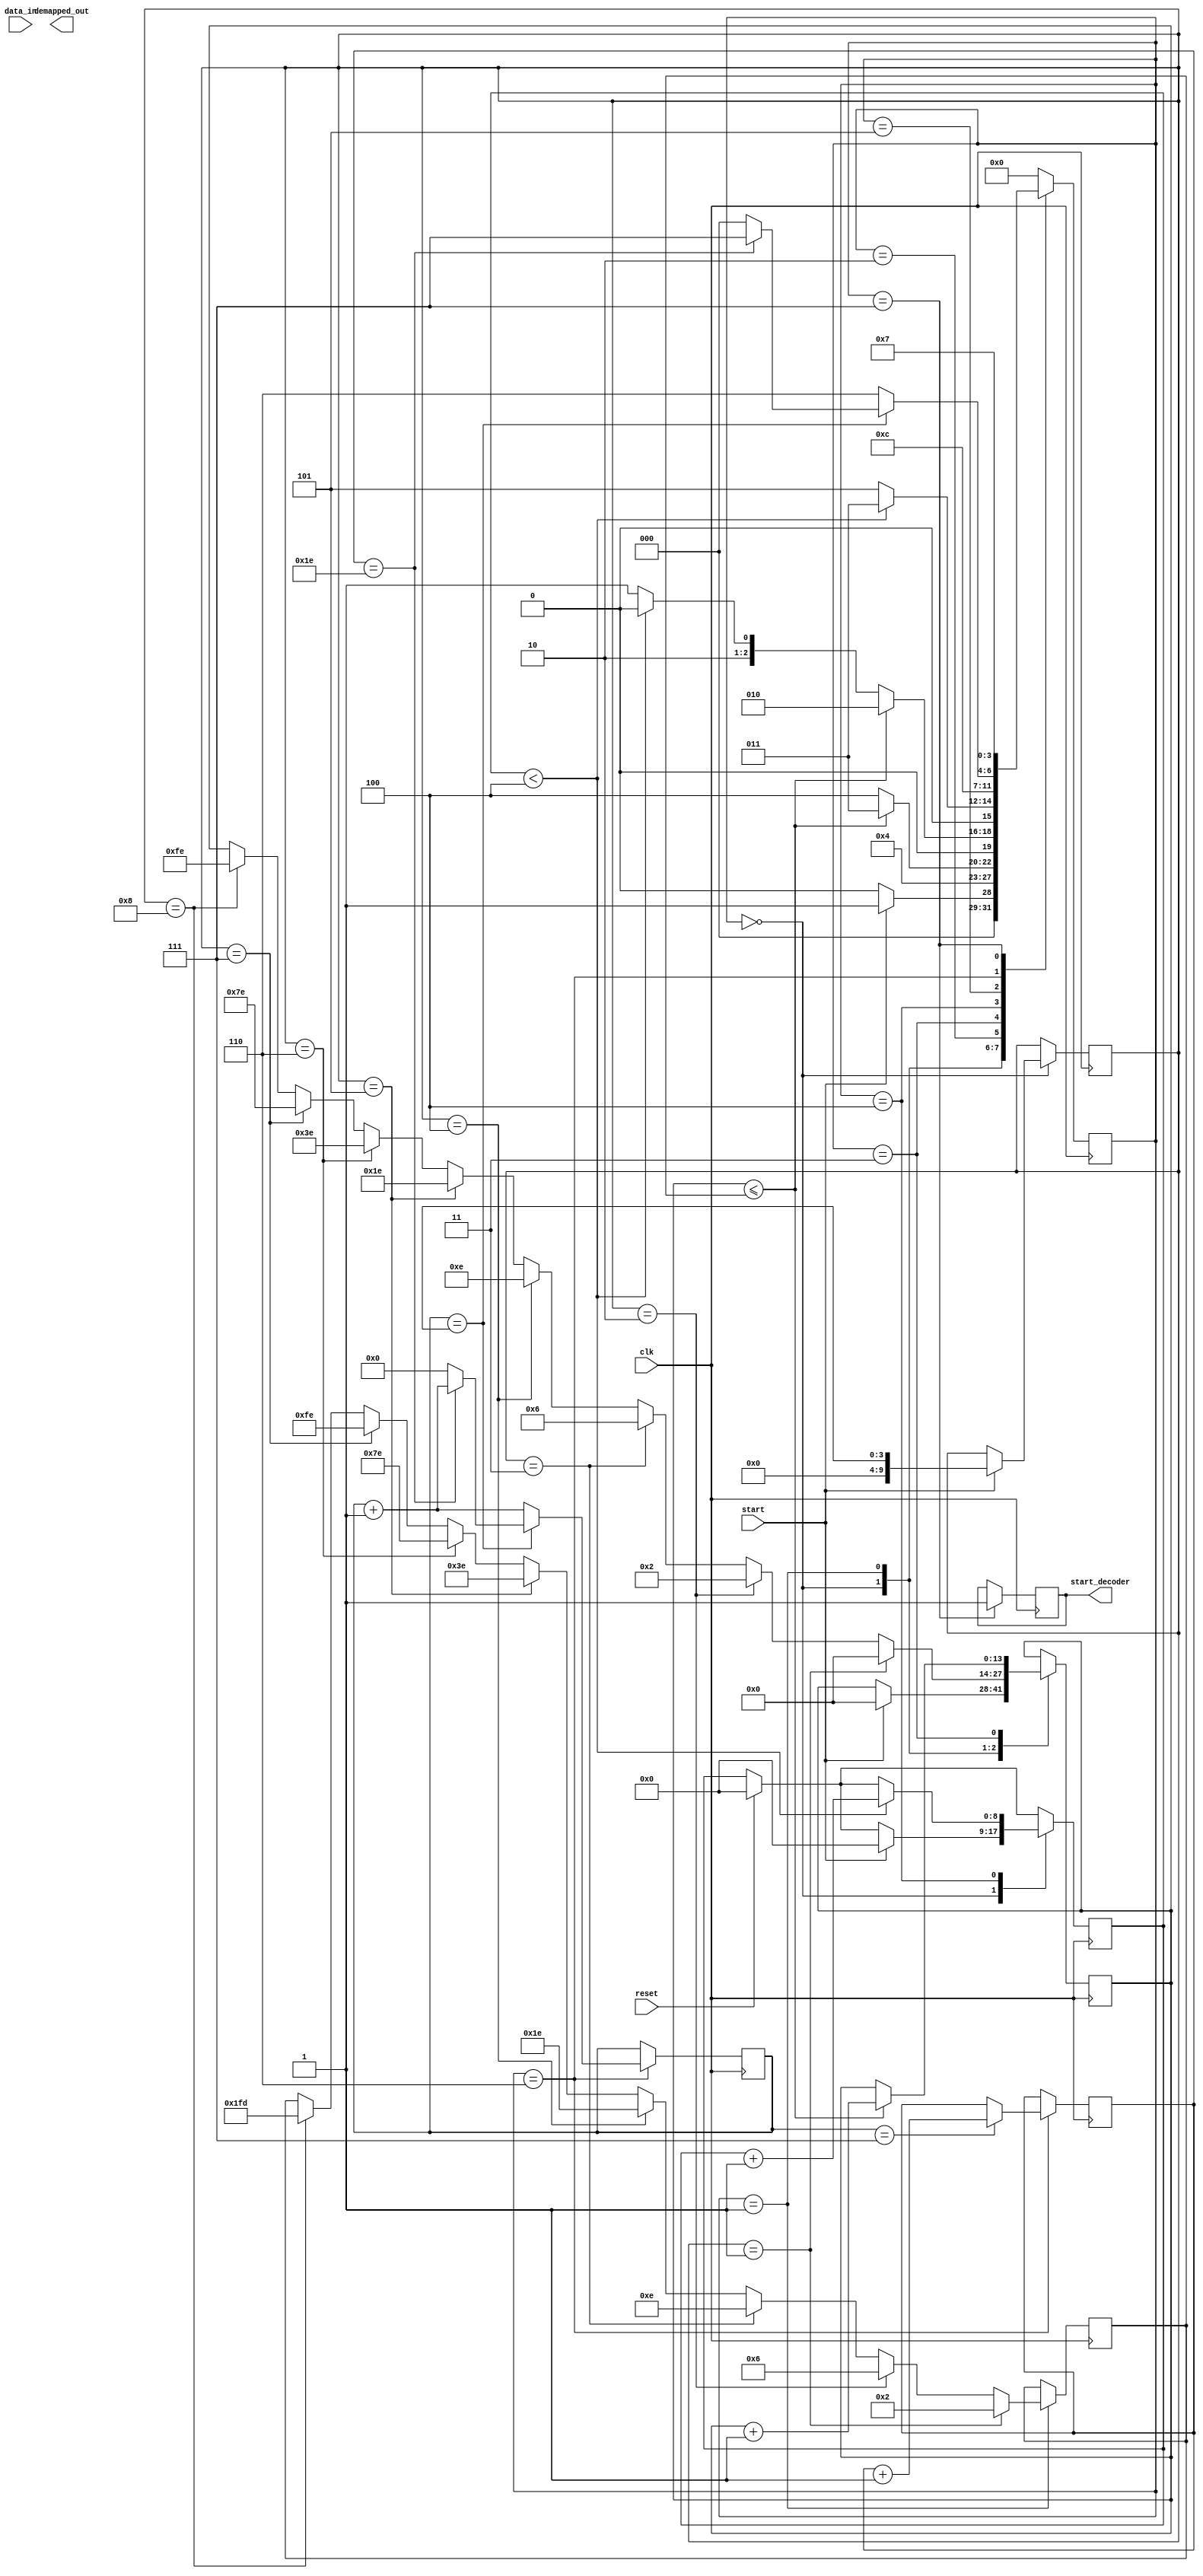

module demapper
(
	//input wire signed [15:0] Yi,Yq,
	input wire signed [31:0] data_in,
	//input [8:0] mod_type,
	input  wire clk,
	input  wire reset,
	input  wire start,
	output reg start_decoder,
	output reg [7:0] demapped_out
 );
        reg [15:0] Yi,Yq;
		reg [3:0] mod_type;
		reg [7:0] output_bits; //demapper_output_bits
      wire [5:0] addr_F; 
      reg[31:0] Yi_Yq;
      
assign data_in=Yi_Yq;
//assign Yi=Yi_Yq[31:16];
//assign Yq=Yi_Yq[15:0];

/*Viterbi_Decoder decoder_instants(
.clk(clk),
.reset(reset),
.start_decoder(start_decoder),
.demapped_out(demapped_out),
.addr_F(addr_F)
);
*/
localparam [2:0] Idle_demapper=3'b000 , Fetch_data=3'b001 , Process0=3'b010,
					  Process1=3'b011, Clearing_tail=3'b100, Demapping=3'b101,
					  Storing=3'b110,Done_demapping=3'b111;
 



//	REGISTERS AND WIRES USED IN DEMAPPER

	//State
		reg [3:0]state;
	//Modulation registers
		reg [9:0]mod_type_reg,mod_type_reg1,mod_type_reg2;
	//Wires for taking output from ram/rom
		wire [15:0] Xi,Xq;
		wire [7:0]binary_mapping;
		wire [15:0]I,Q;
	//	wire [7:0]demapped_out;

	//Counters
		reg [8:0] counter=0,BM_counter=0,M_counter=0;
	//For Calculation 
		reg signed [15:0] Yi_reg,Yq_reg,Xi_reg,Xq_reg;
		reg signed [7:0] binary_mapping_reg,binary_mapping_reg1,binary_mapping_reg2,binary_mapping_reg3 ;
		reg signed [31:0] Sqr_i,Sqr_q;
		reg signed [32:0] new_value=0;
		reg signed [16:0] Sub_Yi_Xi,Sub_Yq_Xq;
		reg signed [33:0] diff_new_old_0,diff_new_old_1,diff_new_old_2,diff_new_old_3,diff_new_old_4,diff_new_old_5,diff_new_old_6,diff_new_old_7;
		reg signed [32:0] reg_1_0, reg_0_0,reg_1_1, reg_0_1,reg_1_2, reg_0_2,reg_1_3, reg_0_3,reg_1_4, reg_0_4,reg_1_5, reg_0_5,reg_1_6, reg_0_6,reg_1_7, reg_0_7;
		reg signed [33:0] LLR_0,LLR_1,LLR_2,LLR_3,LLR_4,LLR_5,LLR_6,LLR_7;
	//Addresses
		reg [13:0]address;
		reg [4:0] mod_counter=0;
		reg [5:0] address_E=0; //address for storing demapped bits into ram 
      reg [8:0]address_IQ=0 ; 
	//Data_in in ram
		reg [7:0] demapped_in;

   //Demapper output bits for some I and Q
     reg [7:0] demapped_bits=0;

	//Enabling pins	
		reg wea_demapped_bits=1;
		reg wea,web; //enabler for storing Hamming distance in ram
		reg sin;





//RAM AND ROM


/*Mapped_I your_I (
  .clka(clk), // input clka
  .wea(wea), // input [0 : 0] wea
  .addra(addra), // input [4 : 0] addra
  .dina(dina), // input [15 : 0] dina
  .clkb(clk), // input clkb
  .addrb(address_IQ), // input [4 : 0] addrb
  .doutb(I) // output [15 : 0] doutb
);


Mapped_Q your_Q (
.clka(clk), // input clka
.wea(we), // input [0 : 0] wea
.addra(addra), // input [4 : 0] addra
.dina(dina), // input [15 : 0] dina
  .clkb(clk), // input clkb
  .addrb(address_IQ), // input [4 : 0] addrb
  .doutb(Q) // output [15 : 0] doutb
);


XI your_Xi (
  .clka(clk), // input clka
  .addra(address), // input [8 : 0] addra
  .douta(Xi) // output [15 : 0] douta
);

XQ our_xq (
  .clka(clk), // input clka
  .addra(address), // input [8 : 0] addra
  .douta(Xq) // output [15 : 0] douta
);

Binary_Mapping our_binary_mapping (
  .clka(clk), // input clka
  .addra(address), // input [8 : 0] addra
  .douta(binary_mapping) // output [15 : 0] douta
);


Demapped_bits your_demapped_bits (
  .clka(clk), // input clka
  .wea(wea_demapped_bits), // input [0 : 0] wea
  .addra(address_E), // input [4 : 0] addra
  .dina(demapped_in), // input [7 : 0] dina
  .clkb(clk), // input clkb
  .addrb(addr_F), // input [4 : 0] addrb
  .doutb(demapped_out) // output [7 : 0] doutb
);
*/

//DEMAPPER CODE

always @(posedge clk)
	begin
		if(reset)
			begin
			//address<=0;
			counter<=0;
			binary_mapping_reg<=0;
			state<=Idle_demapper;
			end
		else
			state<=Idle_demapper;
		begin

case (state) 	

Idle_demapper: begin   
	if(start)
		begin
			reg_1_0=33'hFFFFFFFF;
			reg_0_0=33'hFFFFFFFF;
			reg_1_1=33'hFFFFFFFF;
			reg_0_1=33'hFFFFFFFF;
			reg_1_2=33'hFFFFFFFF;
			reg_0_2=33'hFFFFFFFF;
			reg_1_3=33'hFFFFFFFF;
			reg_0_3=33'hFFFFFFFF;
			reg_1_4=33'hFFFFFFFF;
			reg_0_4=33'hFFFFFFFF;
			reg_1_5=33'hFFFFFFFF;
			reg_0_5=33'hFFFFFFFF;
			reg_1_6=33'hFFFFFFFF;
			reg_0_6=33'hFFFFFFFF;
			reg_1_7=33'hFFFFFFFF;
			reg_0_7=33'hFFFFFFFF;
			address<=0;
			counter<=0;
			BM_counter=0;
			M_counter=0;
			mod_type_reg<=mod_type;
			state<=Fetch_data;
		end end
	  	
		
Fetch_data: begin //Fetch data state
	if(mod_type_reg==1)
		begin 
		address<=0;
      mod_type_reg2<=2; 
		end 
	else 
	if(mod_type_reg==2)
		begin 
		address<=2;
      mod_type_reg2<=6;
		end 
	else
	if(mod_type_reg==3)
		begin
			address<=6;
			mod_type_reg2<=14; 
		end 
	else
	if(mod_type_reg==4)
		begin
		address<=14;
      mod_type_reg2<=30;
		end
	else
	if(mod_type_reg==5)
		begin
		address<=30;
      mod_type_reg2<=62;
		end 
	else 
	if(mod_type_reg==6)
		begin
		address<=62;
      mod_type_reg2<=126; 
		end 
	else
	if(mod_type_reg==7)
		begin 
		address<=126;
      mod_type_reg2<=254; 
		end
	else
	if(mod_type_reg==8)
		begin
		address<=254;
      mod_type_reg2<=509; 
		end 
		
	address_IQ<=address_IQ+1;
	Yi_reg<=I;
	Yq_reg<=Q;
	state <= Process0;
	end 


	
Process0: begin  //Process state


	if (address<=mod_type_reg2)
		begin
		BM_counter=0;
		Xi_reg<=Xi;
		Xq_reg<=Xq;
		binary_mapping_reg<=binary_mapping;
	
		Sub_Yq_Xq<=Yq_reg-Xq_reg;
		Sub_Yi_Xi<=Yi_reg-Xi_reg;	
		binary_mapping_reg1<=binary_mapping_reg;
	
		Sqr_i<=Sub_Yi_Xi*Sub_Yi_Xi;
		Sqr_q<=Sub_Yq_Xq*Sub_Yq_Xq;
		binary_mapping_reg2<=binary_mapping_reg1;
	
		new_value<= Sqr_i + Sqr_q;
		binary_mapping_reg3<=binary_mapping_reg2;	

		state<=Process1;
		end 
	else
		state<=Clearing_tail;
	end
	
	
Process1:	begin

	if(BM_counter<mod_type_reg)
		begin
		BM_counter=BM_counter+1;
			if(binary_mapping_reg3[0])
				begin
				diff_new_old_0 = new_value - reg_1_0; 
				end
			else
				diff_new_old_0  = new_value - reg_0_0;
	 // updating required reg with small value if small 
	  if(binary_mapping_reg3[0]&diff_new_old_0[33])
	   reg_1_0 = new_value;
	  else
		if (~binary_mapping_reg3[0]&diff_new_old_0[33])
			begin    reg_0_0 = new_value;
			end  end
     

	if(BM_counter<mod_type_reg)
		begin BM_counter=BM_counter+1;
			if(binary_mapping_reg3[1])
				begin 
				diff_new_old_1 = new_value - reg_1_1;
				end
				else
				diff_new_old_1 = new_value - reg_0_1;
		// updating required reg with small value if small 
		if(binary_mapping_reg3[1]&diff_new_old_1[33])
			reg_1_1 = new_value;
		else
		if (~binary_mapping_reg3[1]&diff_new_old_1[33])
			begin
			reg_0_1 = new_value;
			end end
    
	 
	 
	 if(BM_counter<mod_type_reg)
		begin
		BM_counter=BM_counter+1;
			if(binary_mapping_reg3[2])
			begin diff_new_old_2 = new_value - reg_1_2;
			end
			else
			diff_new_old_2 = new_value - reg_0_2;
	 // updating required reg with small value if small 
	  if(binary_mapping_reg3[2]&diff_new_old_2[33])
	   reg_1_2 = new_value;
     else
	  if (~binary_mapping_reg3[2]&diff_new_old_2[33])
		begin
		reg_0_2 = new_value;
		end end
	 
	 
	 if(BM_counter<mod_type_reg)
		begin BM_counter=BM_counter+1; 
			if(binary_mapping_reg3[3])
			begin diff_new_old_3 = new_value - reg_1_3; 
			end
    else
		diff_new_old_3 = new_value - reg_0_3;
	 // updating required reg with small value if small 
	 if(binary_mapping_reg3[3]&diff_new_old_3[33])
	   reg_1_3 = new_value;
	 else
	 if (~binary_mapping_reg3[3]&diff_new_old_3[33])
		begin
		reg_0_3 = new_value;
		end end
	 

	 if(BM_counter<mod_type_reg)
		begin BM_counter=BM_counter+1;
		if(binary_mapping_reg3[4])
		begin 
		diff_new_old_4 = new_value - reg_1_4;
		end
		else
		diff_new_old_4 = new_value - reg_0_4;
	 // updating required reg with small value if small 
	 if(binary_mapping_reg3[4]&diff_new_old_4[33])
	   reg_1_4 = new_value;
	 else
	 if (~binary_mapping_reg3[4]&diff_new_old_4[33])
		begin 
		reg_0_4 = new_value;
		end end
	 
	 
	 if(BM_counter<mod_type_reg)
		begin BM_counter=BM_counter+1; 
		if(binary_mapping_reg3[5])
			begin
			diff_new_old_5 = new_value - reg_1_5;	 
			end
			else
			diff_new_old_5 = new_value - reg_0_5;
	 // updating required reg with small value if small 
	  if(binary_mapping_reg3[5]&diff_new_old_5[33])
	   reg_1_5 = new_value;
	  else
	  if (~binary_mapping_reg3[5]&diff_new_old_5[33])
		begin
		reg_0_5 = new_value;
		end end
	 
	 
	 if(BM_counter<mod_type_reg)
		begin	
		BM_counter=BM_counter+1; 
		if(binary_mapping_reg3[6])
		begin 
		diff_new_old_6 = new_value - reg_1_6;
		end
		else
		diff_new_old_6 = new_value - reg_0_6;
	 // updating required reg with small value if small 
	 if(binary_mapping_reg3[6]&diff_new_old_6[33])
	   reg_1_6 = new_value;
	 else
	 if (~binary_mapping_reg3[6]&diff_new_old_6[33])
		begin
		reg_0_6 = new_value;
		end end 
	 
	 
	 if(BM_counter<mod_type_reg)
		begin BM_counter=BM_counter+1; 
		if(binary_mapping_reg3[7])
			begin
			diff_new_old_7 = new_value - reg_1_7;
			end
		else
			diff_new_old_7 = new_value - reg_0_7; 
	 // updating required reg with small value if small 
	  if(binary_mapping_reg3[7] &diff_new_old_7[33])
		begin
		reg_1_7 = new_value;
		end
	  else
	  if (~binary_mapping_reg3[7]&diff_new_old_7[33])
		begin 
		reg_0_7 = new_value; 
		end end





	if (address<=mod_type_reg2)
		begin
		address<=address+1;
		state<=Process0;
		end   
	else 
	if (counter<4)
		state<=Clearing_tail;	
	else 
		state<=Demapping;
		end
		
		

Clearing_tail:   begin

	if (counter<4)
		begin
		counter<=counter+1;
		BM_counter=0;
		Sub_Yq_Xq<=Yq_reg-Xq_reg;
		Sub_Yi_Xi<=Yi_reg-Xi_reg;	
		binary_mapping_reg1<=binary_mapping_reg;
	
		Sqr_i<=Sub_Yi_Xi*Sub_Yi_Xi;
		Sqr_q<=Sub_Yq_Xq*Sub_Yq_Xq;
		binary_mapping_reg2<=binary_mapping_reg1;
	
		new_value<= Sqr_i + Sqr_q;
		binary_mapping_reg3<=binary_mapping_reg2;
		
		state<=Process1;
		end 
	else 	
		state<=Demapping;
	end
	
Demapping:   begin

	if(M_counter<mod_type_reg)
		begin
		Yi_Yq<={Yi,Yq};
		M_counter=M_counter+1; 
		LLR_0=reg_0_0-reg_1_0;
			if(LLR_0 [33])
			output_bits[0]<=0;
			else if(~LLR_0 [33])
			begin
			output_bits[0]<=1;
			end  end


	if(M_counter<mod_type_reg)
		begin
		M_counter=M_counter+1; 
		LLR_1=reg_0_1-reg_1_1;
			if(LLR_1 [33])
			output_bits[1]<=0;
			else if(~LLR_1 [33])
			output_bits[1]<=1;  end
	 



	if(M_counter<mod_type_reg)
		begin M_counter=M_counter+1; 
		LLR_2=reg_0_2-reg_1_2;
		if(LLR_2 [33])
		output_bits[2]<=0;
		else if(~LLR_2 [33])
		output_bits[2]<=1;
		end
	


	if(M_counter<mod_type_reg)
		begin M_counter=M_counter+1; 
		LLR_3=reg_0_3-reg_1_3;
		if(LLR_3 [33])
		output_bits[3]<=0;
		else if(~LLR_3 [33])
		output_bits[3]<=1;
		end
	
	


	if(M_counter<mod_type_reg)
		begin M_counter=M_counter+1; 
		LLR_4=reg_0_4-reg_1_4;
		if(LLR_4 [33])
		output_bits[4]<=0;
		else if(~LLR_4 [33])
		output_bits[4]<=1;
		end



	if(M_counter<mod_type_reg)
		begin M_counter=M_counter+1; 
		LLR_5=reg_0_5-reg_1_5;
		if(LLR_5 [33])
		output_bits[5]<=0;
		else if(~LLR_5 [33])
		output_bits[5]<=1;
		end



	if(M_counter<mod_type_reg)
		begin M_counter=M_counter+1; 
		LLR_6=reg_0_6-reg_1_6;
		if(LLR_6 [33])
		output_bits[6]<=0;
		else if(~LLR_6 [33])
		output_bits[6]<=1;
		end
	
	
	if(M_counter<mod_type_reg)
     begin M_counter=M_counter+1; 
	  LLR_7=reg_0_7-reg_1_7;
	  if(LLR_7 [33])
	  output_bits[7]<=0;
	  else if(~LLR_7 [33])
	  begin output_bits[7]<=1;
     end end
	    
	 state<=Storing;
	  end
	
	
Storing: begin
	
	output_bits<={sin,output_bits[7:1]};
	demapped_bits={demapped_bits[6:0],output_bits[0]};
	mod_counter<=mod_counter+1;
	 
   if (mod_counter==mod_type)
	 begin
	   if(address_E==30)
			begin
			state<=Done_demapping;
			end
			else 
			begin
	      state<=Idle_demapper;
	      mod_counter<=0;
         end end
	 else
      begin
	   state<=Storing;
      end
    
	 if(mod_counter==7)
	    begin
	    demapped_in=demapped_bits;
	    demapped_bits=0;
	    address_E<=address_E+1;
	    end end
	
	
Done_demapping: begin
	
	wea_demapped_bits=0;
	start_decoder=1;
	state<=Done_demapping;
	end
	
	endcase
	end end
endmodule